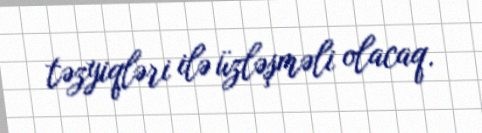
təzyiqləri ilə üzləşməli olacaq.